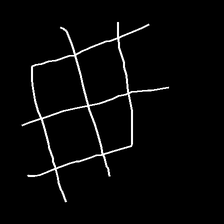
Glyph: crystal